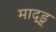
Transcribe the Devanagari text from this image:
माद्ड्र्